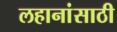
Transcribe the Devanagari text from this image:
लहानांसाठी